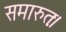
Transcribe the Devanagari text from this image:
समारुतः।